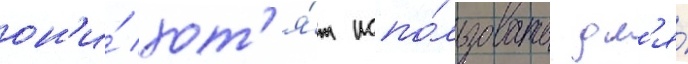
он'и́ хот'я́т испо́льзовать дл'я́